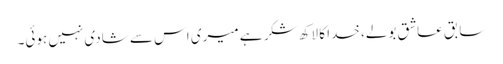
سابق عاشق بولے، خدا کا لاکھ شکر ہے میری اس سے شادی نہیں ہوئی۔